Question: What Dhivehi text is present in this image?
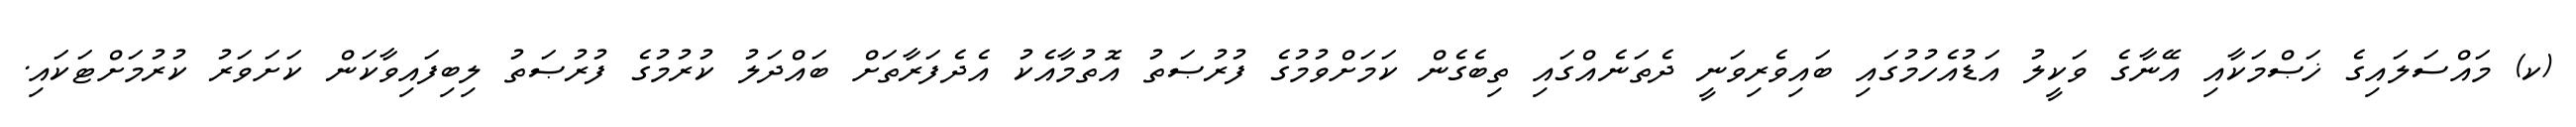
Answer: (ކ) މައްސަލައިގެ ޚަޞްމަކާއި އޭނާގެ ވަކީލު އަޑުއެހުމުގައި ބައިވެރިވަނީ ދެތަނެއްގައި ތިބެގެން ކަމަށްވުމުގެ ފުރުޞަތު އޮތުމާއެކު އެދެފަރާތަށް ބައްދަލު ކުރުމުގެ ފުރުޞަތު ލިބިފައިވާކަން ކަށަވަރު ކުރުމަށްޓަކައި.